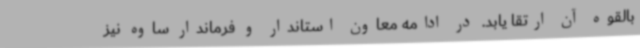
بالقوه آن ارتقا یابد. در ادامه معاون استاندار و فرماندار ساوه نیز